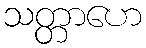
သတ္တာဟေ